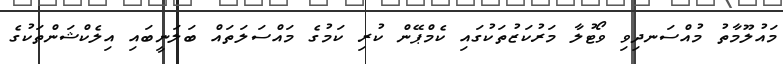
މައުލޫމާތު މުއްސަނދިވި ވޯޓުލާ މަރުކަޒުތަކުގައި ކެމްޕޭން ކުރި ކަމުގެ މައްސަލަތައް ބަލަނީބައި އިލެކްޝަންތަކުގެ